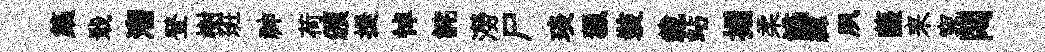
築戢溜登樹班神荷頒提悼詫澇尸琰獵裝載站搨柔讌緯夙薩来窕悶